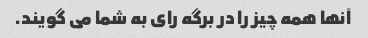
آنها همه چیز را در برگه رای به شما می گویند.